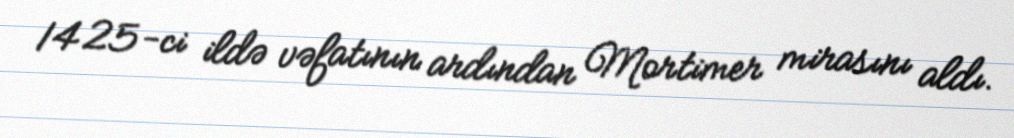
1425-ci ildə vəfatının ardından Mortimer mirasını aldı.